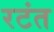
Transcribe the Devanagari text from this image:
रटंत